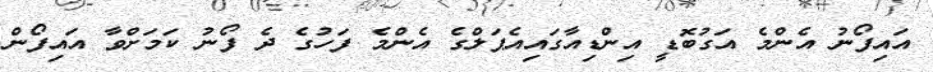
އައިފޯނު އެންމެ އަގުބޮޑީ އިންޑިއާގައިއެޕަލްގެ އެންމެ ފަހުގެ ދެ ފޯނު ކަމަށްވާ އައިފޯން